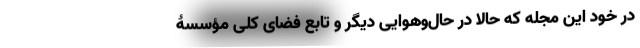
در خود این مجله که حالا در حال‌و‌هوایی دیگر و تابع فضای کلی مؤسسۀ